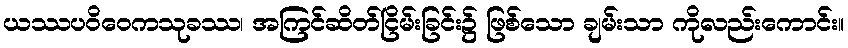
ယဿပဝိဝေကသုခဿ၊ အကြင်ဆိတ်ငြိမ်းခြင်း၌ ဖြစ်သော ချမ်းသာ ကိုလည်းကောင်း။